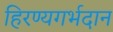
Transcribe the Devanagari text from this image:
हिरण्यगर्भदान